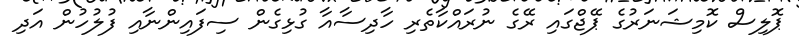
ޕޮލިސް ކޮމިޝަނަރުގެ ޕޭޖްގައި ރޭގެ ނުރައްކާތެރި ހާދިސާއާ ގުޅިގެން ސިފައިންނާއި ފުލުހުން އަދި